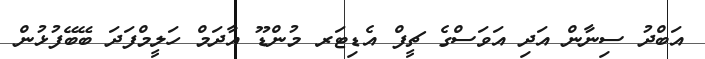
އަބްދު ސިނާން އަދި އަވަސްގެ ޗީފް އެޑިޓަރ މުންޑޫ އާދަމް ހަލީމްފަދަ ބޭބޭފުޅުން